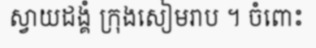
ស្វាយដង្គំ ក្រុងសៀមរាប ។ ចំពោះ